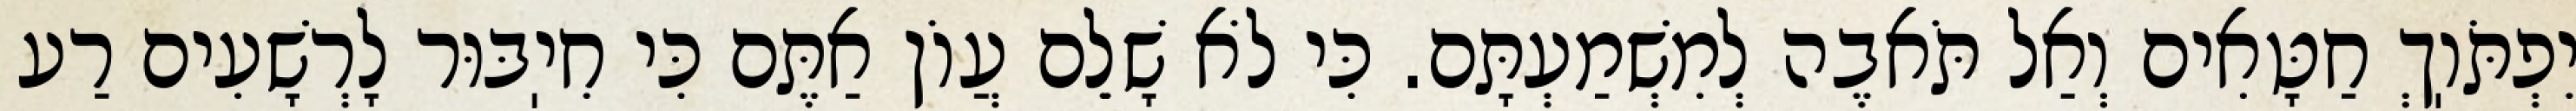
יִפְתֹּוֽךְ חַטָּאִים וְאַל תֹּאבֶה לְמִשְׁמַעְתָּם. כִּי לֹא שָׁלֵם עֲוֹן אַתֶּם כִּי חִיֽבּוּר לָרְשָׁעִים רַע